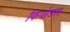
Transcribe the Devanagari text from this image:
फियोडस